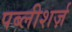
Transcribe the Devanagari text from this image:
पब्लीशर्ज़